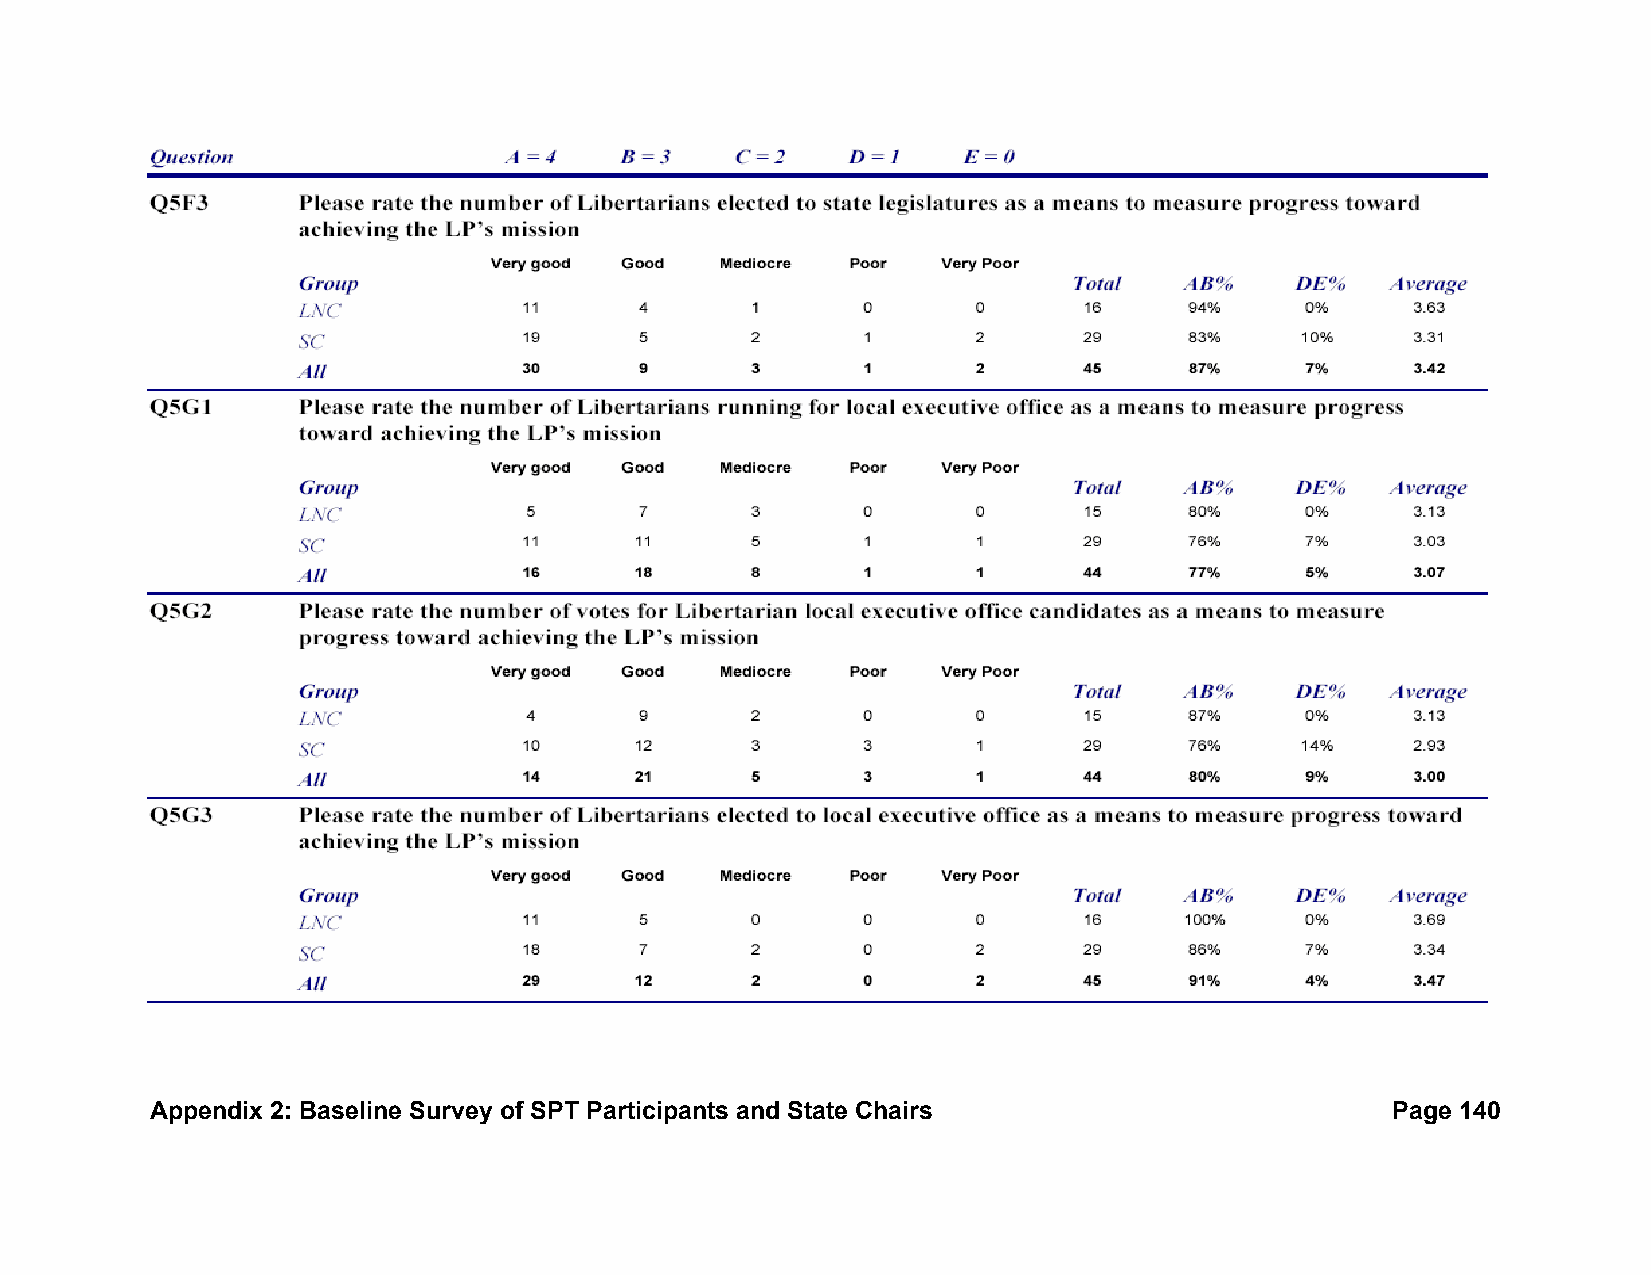
Appendix 2: Baseline Survey of SPT Participants and State Chairs                  Page 140